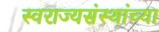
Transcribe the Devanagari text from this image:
स्वराज्यसंस्थांच्या